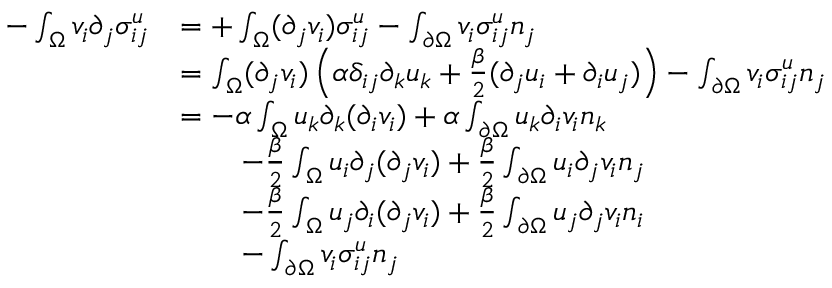
\begin{array} { r l } { - \int _ { \Omega } v _ { i } \partial _ { j } \sigma _ { i j } ^ { u } } & { = + \int _ { \Omega } ( \partial _ { j } v _ { i } ) \sigma _ { i j } ^ { u } - \int _ { \partial \Omega } v _ { i } \sigma _ { i j } ^ { u } n _ { j } } \\ & { = \int _ { \Omega } ( \partial _ { j } v _ { i } ) \left( \alpha \delta _ { i j } \partial _ { k } u _ { k } + \frac { \beta } { 2 } ( \partial _ { j } u _ { i } + \partial _ { i } u _ { j } ) \right) - \int _ { \partial \Omega } v _ { i } \sigma _ { i j } ^ { u } n _ { j } } \\ & { = - \alpha \int _ { \Omega } u _ { k } \partial _ { k } ( \partial _ { i } v _ { i } ) + \alpha \int _ { \partial \Omega } u _ { k } \partial _ { i } v _ { i } n _ { k } } \\ & { \quad \quad - \frac { \beta } { 2 } \int _ { \Omega } u _ { i } \partial _ { j } ( \partial _ { j } v _ { i } ) + \frac { \beta } { 2 } \int _ { \partial \Omega } u _ { i } \partial _ { j } v _ { i } n _ { j } } \\ & { \quad \quad - \frac { \beta } { 2 } \int _ { \Omega } u _ { j } \partial _ { i } ( \partial _ { j } v _ { i } ) + \frac { \beta } { 2 } \int _ { \partial \Omega } u _ { j } \partial _ { j } v _ { i } n _ { i } } \\ & { \quad \quad - \int _ { \partial \Omega } v _ { i } \sigma _ { i j } ^ { u } n _ { j } } \end{array}